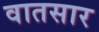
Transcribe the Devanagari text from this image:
वातसार